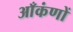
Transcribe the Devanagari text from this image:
आँकंणों